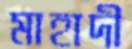
মাহাদী